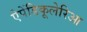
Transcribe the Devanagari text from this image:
ऐपेंडिकूलेरिआ